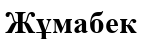
Жұмабек